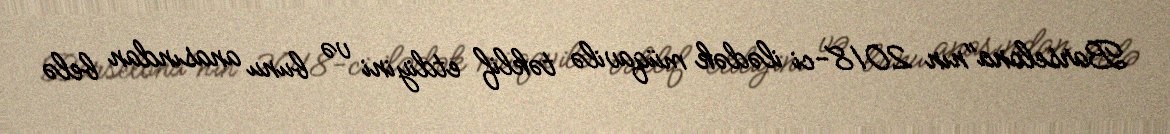
Barselona"nın 2018-ci ilədək müqavilə təklif etdiyini və bunu anasından belə